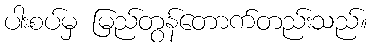
ပါးစပ်မှ မြည်တွန်တောက်တည်းသည်။